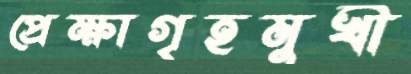
প্রেক্ষাগৃহমুখী